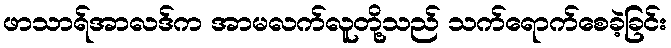
ဖာသာရ်အာလဒ်က အာမလက်လူတို့သည် သက်ရောက်စေခဲ့ခြင်း